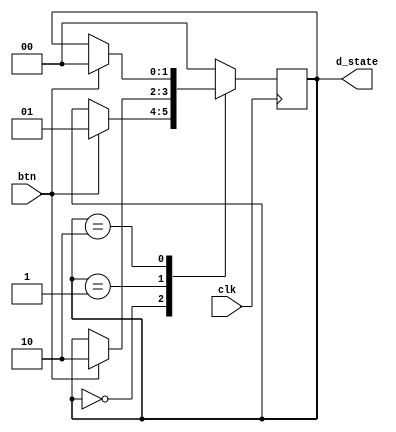
`timescale 1ns / 1ps
//////////////////////////////
//
//////////////////////////////
module debug_states(d_state, btn, clk);
	input clk, btn;
	output reg [1:0] d_state;

	always @(posedge clk) begin
		case(d_state)
			0: begin 
					if (btn)
						d_state<=1;
			end
			1: begin 
					if (btn)
						d_state<=2;
			end
			2: begin 
					if (btn)
						d_state<=0;
			end
			default: d_state<=0;
		endcase
	end
endmodule